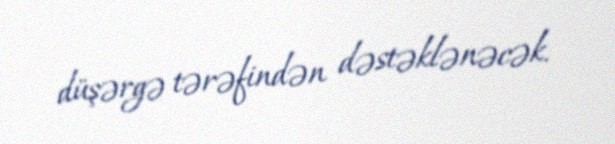
düşərgə tərəfindən dəstəklənəcək.